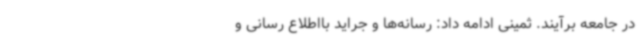
در جامعه برآیند. ثمینی ادامه داد: رسانه‌ها و جراید بااطلاع رسانی و